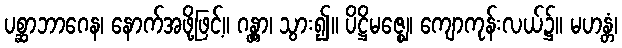
ပစ္ဆာဘာဂေန၊ နောက်အဖို့ဖြင့်။ ဂန္တွာ၊ သွား၍။ ပိဋ္ဌိမဇ္ဈေ၊ ကျောကုန်းလယ်၌။ မဟန္တံ၊